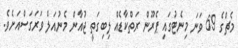
މެޗްގެ 69 ވަނަ މިނެޓުގައި ޕެރޫން ރަތްކާޑެއް ލިބިގަތީ ޖުއާން މެނުއަލް ވަރަގަސްއަށެވެ.